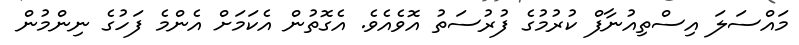
މައްސަލަ އިސްތިއުނާފް ކުރުމުގެ ފުރުސަތު އޮވެއެވެ. އެގޮތުން އެކަމަށް އެންމެ ފަހުގެ ނިންމުން